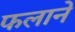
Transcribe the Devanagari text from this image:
फलाने